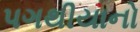
પગથીયાનો